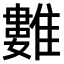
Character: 𩀮